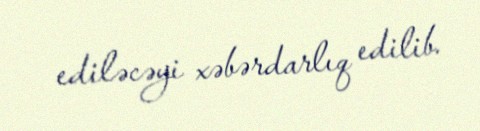
ediləcəyi xəbərdarlıq edilib.